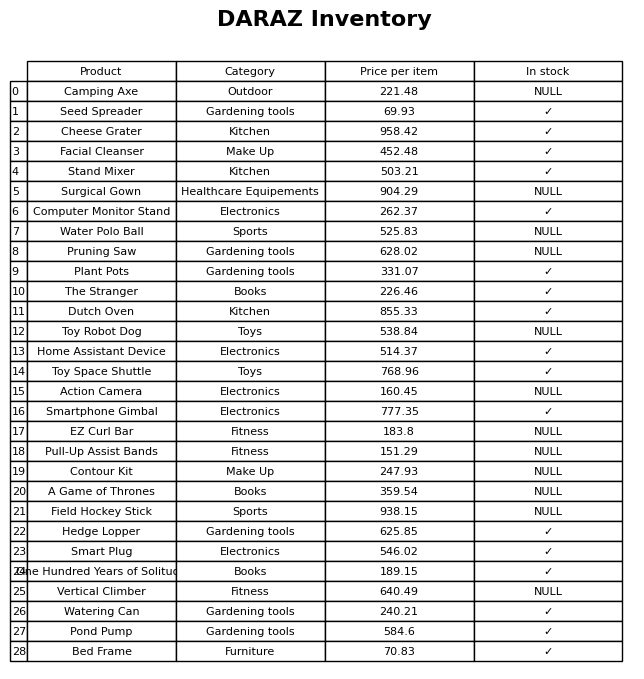
question: Which products are available in stock?
answer: Seed Spreader, Cheese Grater, Facial Cleanser, Stand Mixer, Computer Monitor Stand, Plant Pots, The Stranger, Dutch Oven, Home Assistant Device, Toy Space Shuttle, Smartphone Gimbal, Hedge Lopper, Smart Plug, One Hundred Years of Solitude, Watering Can, Pond Pump, Bed Frame